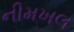
નીમખલ